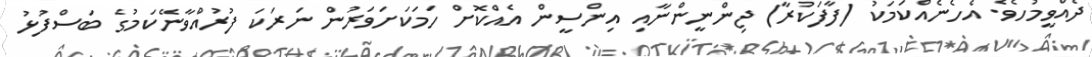
ދެއްވީމުހެވެ. އެހެނެއްކަމަކު (ފާފަކުރާ) ޖިންނީންނާއި އިންސީން އެއްކޮށް ހަމަކަށަވަރުން ނަރަކަ ފުރުއްވާނޭކަމުގެ ބަސްފުޅު